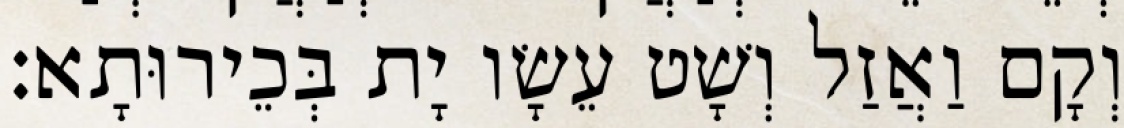
וְקָם וַאֲזַל וְשָׁט עֵשָׂו יָת בְּכֵירוּתָא׃